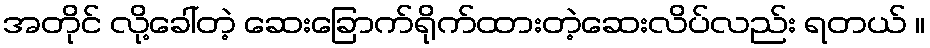
အတိုင် လို့ခေါ်တဲ့ ဆေးခြောက်ရိုက်ထားတဲ့ဆေးလိပ်လည်း ရတယ် ။